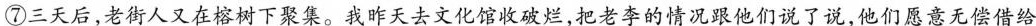
⑦三天后，老街人又在榕树下聚集。我昨天去文化馆收破烂，把老李的情况跟他们说了说，他们愿意无偿借给